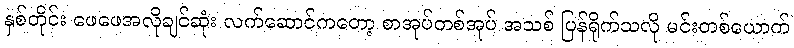
နှစ်တိုင်း ဖေဖေအလိုချင်ဆုံး လက်ဆောင်ကတော့ စာအုပ်တစ်အုပ် အသစ် ပြန်ရိုက်သလို မင်းတစ်ယောက်